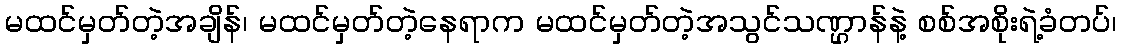
မထင်မှတ်တဲ့အချိန်၊ မထင်မှတ်တဲ့နေရာက မထင်မှတ်တဲ့အသွင်သဏ္ဌာန်နဲ့ စစ်အစိုးရဲ့ခံတပ်၊